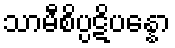
သာမီစိပ္ပဋိပန္နော